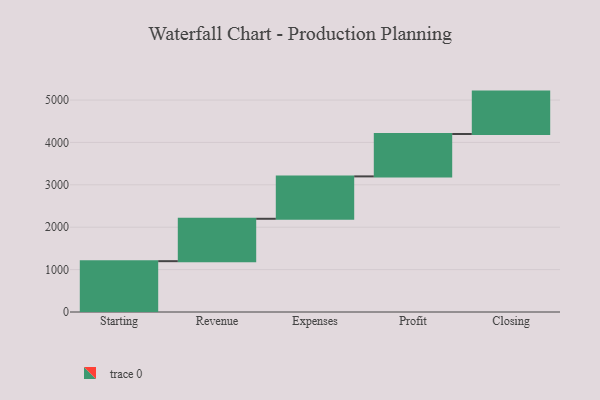
{"axis": {"x": "Step", "y": "Value"}, "legend": [""], "data": [{"x": "Starting", "y": 1199.0, "type": ""}, {"x": "Revenue", "y": 1000, "type": ""}, {"x": "Expenses", "y": 1000, "type": ""}, {"x": "Profit", "y": 1000, "type": ""}, {"x": "Closing", "y": 1000, "type": ""}]}